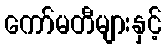
ကော်မတီများနှင့်